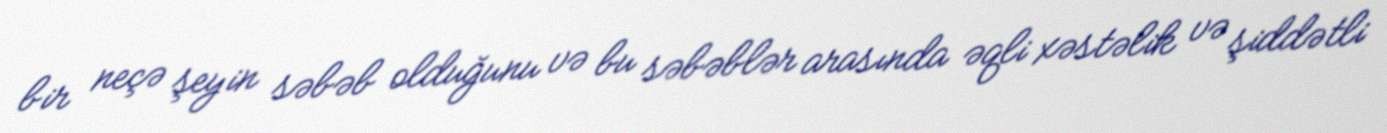
bir neçə şeyin səbəb olduğunu və bu səbəblər arasında əqli xəstəlik və şiddətli